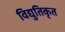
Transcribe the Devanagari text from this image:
विद्युतिकृत